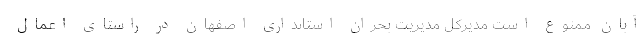
آبان ممنوع است مدیرکل مدیریت بحران استانداری اصفهان در راستای اعمال